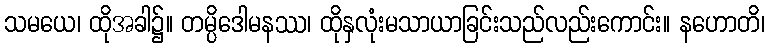
သမယေ၊ ထိုအခါ၌။ တမ္ပိဒေါမနဿ၊ ထိုနှလုံးမသာယာခြင်းသည်လည်းကောင်း။ နဟောတိ၊